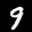
Label: 9